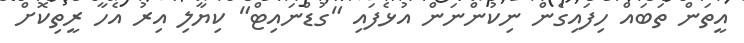
އީތަން ތަބައް ހިފައިގެން ނިކުންނަން އުޅެފައި "ގުޑްނައިޓް" ކިޔާލި އިރު އެހާ ރީތިކޮށް